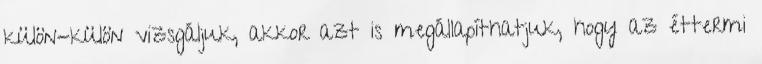
külön-külön vizsgáljuk, akkor azt is megállapíthatjuk, hogy az éttermi